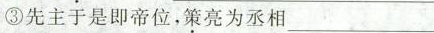
③先主于是即帝位，\underset{·}{策}亮为丞相___